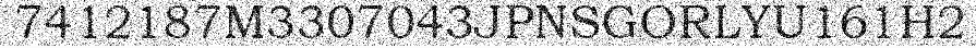
7412187M3307043JPNSGORLYU161H2